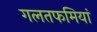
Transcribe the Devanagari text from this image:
गलतफमियां